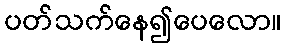
ပတ်သက်နေ၍ပေလော။